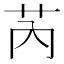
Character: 芮